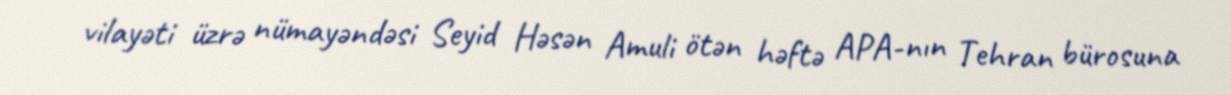
vilayəti üzrə nümayəndəsi Seyid Həsən Amuli ötən həftə APA-nın Tehran bürosuna